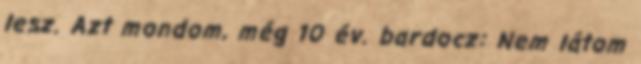
lesz. Azt mondom, még 10 év. bardocz: Nem látom